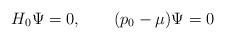
LaTeX: \begin{align*}H_0\Psi=0, \qquad (p_0-\mu)\Psi=0 \end{align*}